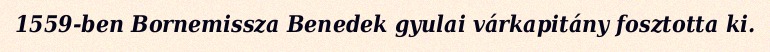
1559-ben Bornemissza Benedek gyulai várkapitány fosztotta ki.